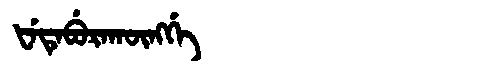
Manchu: ᡶᡝᡨᡝᠪᡠᡵᠠᡴᡡᠩᡤᡝ
Romanization: FETEBURAKŪNGGE